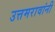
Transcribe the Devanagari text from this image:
उत्तमरावांनी